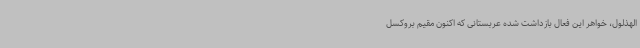
الهذلول، خواهر این فعال بازداشت شده عربستانی که اکنون مقیم بروکسل